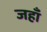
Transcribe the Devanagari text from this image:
जहाँं